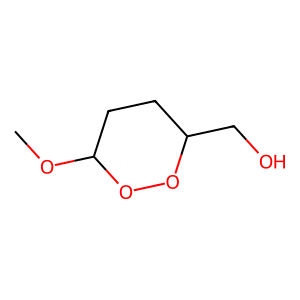
SMILES: COC1CCC(CO)OO1
Inhibits HIV replication: No